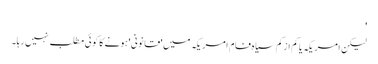
'
لیکن امریکہ یا کم ازکم سیاہ فام امریکہ میں 'قانونی' ہونے کا کوئی مطلب نہیں رہا۔